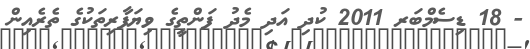
- 18 ޑިސެމްބަރ 2011 ކުދި އަދި މެދު ފަންތީގެ ވިޔަފާރިތަކުގެ ތެރެއިން